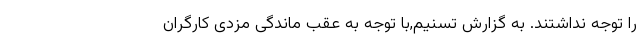
را توجه نداشتند. به گزارش تسنیم,با توجه به عقب ماندگی مزدی کارگران